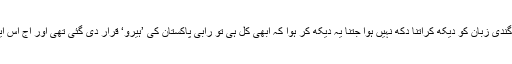
مجھے رابی کے لیے استعمال کیے گئے بےہودہ الفاظ اور گندی زبان کو دیکھ کراتنا دُکھ نہیں ہوا جتنا یہ دیکھ کر ہوا کہ ابھی کل ہی تو رابی پاکستان کی ’ہیرو‘ قرار دی گئی تھی اور آج اس ایک ویڈیو نے اس کے سارے کیے کرائے پر پانی پھیر دیا۔